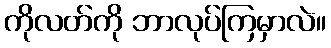
ကိုလတ်ကို ဘာလုပ်ကြမှာလဲ။